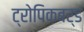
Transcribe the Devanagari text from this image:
ट्रोपिकबर्ड